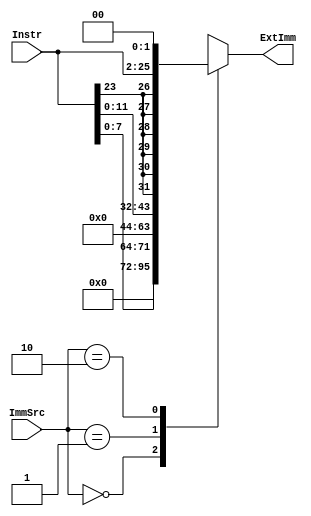
module extend (
	Instr,
	ImmSrc,
	ExtImm
);
	input wire [23:0] Instr;
	input wire [1:0] ImmSrc;
	output reg [31:0] ExtImm;
	always @(*)
		case (ImmSrc)
			2'b00: ExtImm = {24'b000000000000000000000000, Instr[7:0]}; // Imm8
			2'b01: ExtImm = {20'b00000000000000000000, Instr[11:0]}; // Imm12
			2'b10: ExtImm = {{6 {Instr[23]}}, Instr[23:0], 2'b00}; // Imm24 (con bit extension)
			default: ExtImm = 32'bxxxxxxxxxxxxxxxxxxxxxxxxxxxxxxxx;
		endcase
endmodule